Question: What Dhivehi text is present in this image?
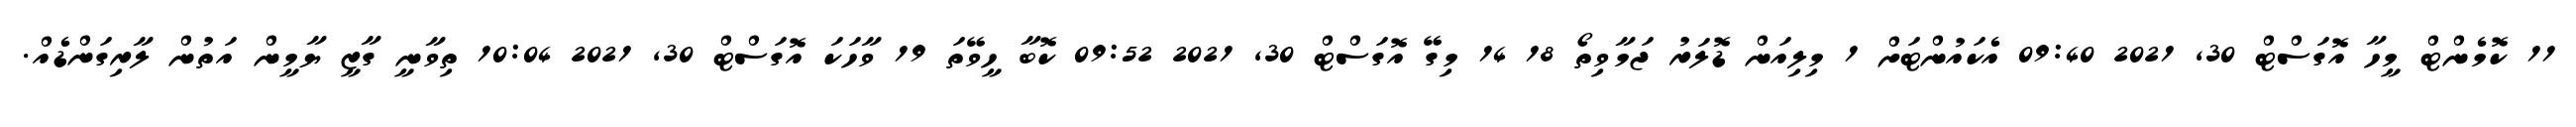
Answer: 11 ކޮމެންޓް މީހާ އޮގަސްޓް 30, 2021 09:40 އެކައުންޓަށް 1 މިލިއަން ޑޮލަރު ޖަމާވިތޯ 18 14 މިގޭ އޮގަސްޓް 30, 2021 09:52 ކޮބާ ހީވޭތަ 19 ވާހަކަ އޮގަސްޓް 30, 2021 10:04 ތިވާނީ ގާޒީ ޔާމީން އަތުން ލާރިގަންޑެއް.